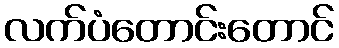
လက်ပံတောင်းတောင်